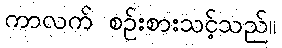
ကာလက် စဉ်းစားသင့်သည်။